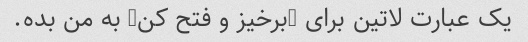
یک عبارت لاتین برای "برخیز و فتح کن" به من بده.